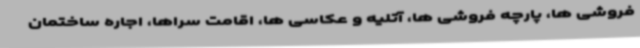
فروشی ها، پارچه فروشی ها، آتلیه و عکاسی ها، اقامت سراها، اجاره ساختمان